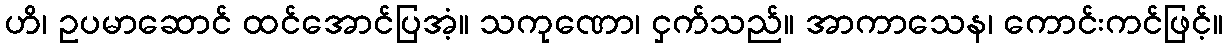
ဟိ၊ ဥပမာဆောင် ထင်အောင်ပြအံ့။ သကုဏော၊ ငှက်သည်။ အာကာသေန၊ ကောင်းကင်ဖြင့်။